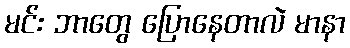
မင်း ဘာတွေ ပြောနေတာလဲ မာနာ